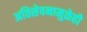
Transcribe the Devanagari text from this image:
अतिसेवनामुळेही